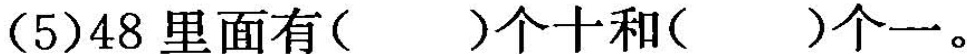
(5)48里面有( )个十和( )个一。